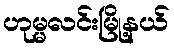
ဟုမ္မလင်းမြို့နယ်